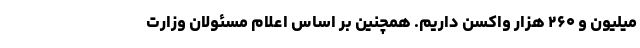
میلیون و ۲۶۰ هزار واکسن داریم. همچنین بر اساس اعلام مسئولان وزارت